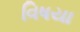
વિષયા